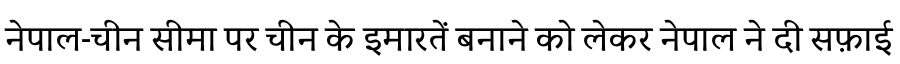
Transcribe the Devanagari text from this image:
नेपाल-चीन सीमा पर चीन के इमारतें बनाने को लेकर नेपाल ने दी सफ़ाई